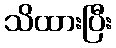
သိထားပြီး